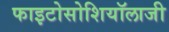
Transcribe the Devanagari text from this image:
फाइटोसोशियॉलाजी